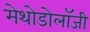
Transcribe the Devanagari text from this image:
मेथोडोलॉजी